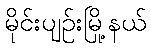
မိုင်းပျဉ်းမြို့နယ်